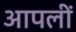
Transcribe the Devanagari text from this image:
आपलीं